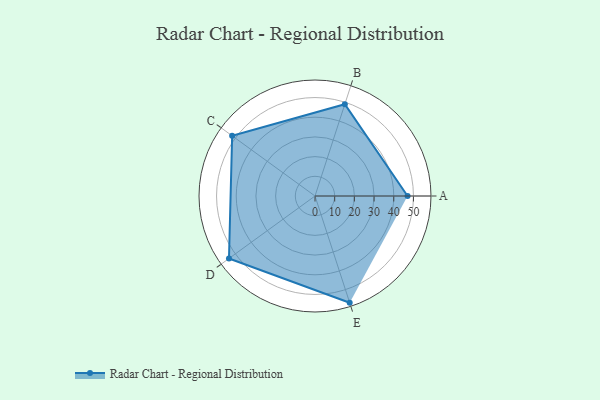
{"axis": {"x": "Skill", "y": "Score"}, "legend": ["Profile"], "data": [{"x": "A", "y": 47.0, "type": "Profile"}, {"x": "B", "y": 49.0, "type": "Profile"}, {"x": "C", "y": 52.0, "type": "Profile"}, {"x": "D", "y": 54.0, "type": "Profile"}, {"x": "E", "y": 57.0, "type": "Profile"}]}